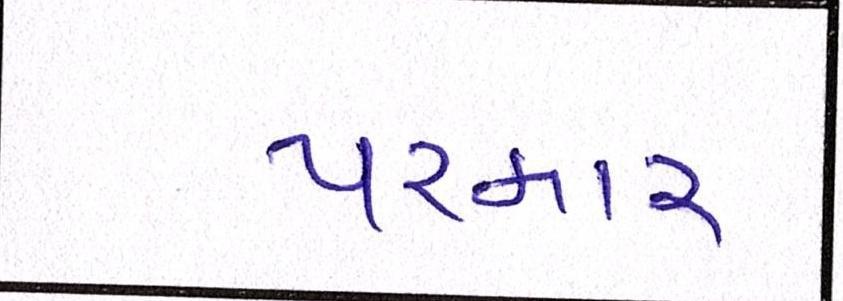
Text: પરમાર